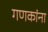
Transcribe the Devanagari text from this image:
गणकांना